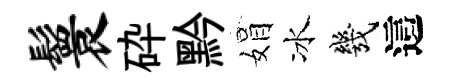
鬟砕黔娟冰幾這